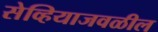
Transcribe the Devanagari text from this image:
सेव्हियाजवळील